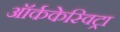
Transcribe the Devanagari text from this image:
ऑर्ककेस्विट्रा